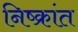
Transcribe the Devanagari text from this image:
निष्क्रांत